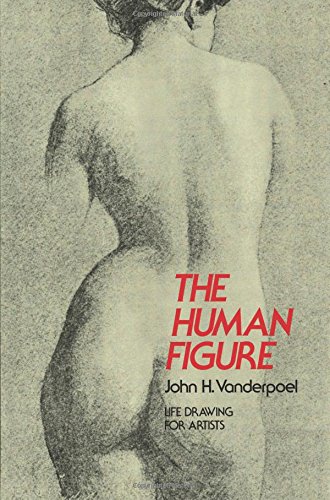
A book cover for The Human Figure (Dover Anatomy for Artists); John H. Vanderpoel; Arts & Photography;